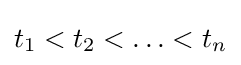
t_{1}<t_{2}<\ldots <t_{n}